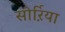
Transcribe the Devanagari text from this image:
सोर्ऱिया